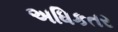
અધિકતર